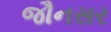
જૌનસર